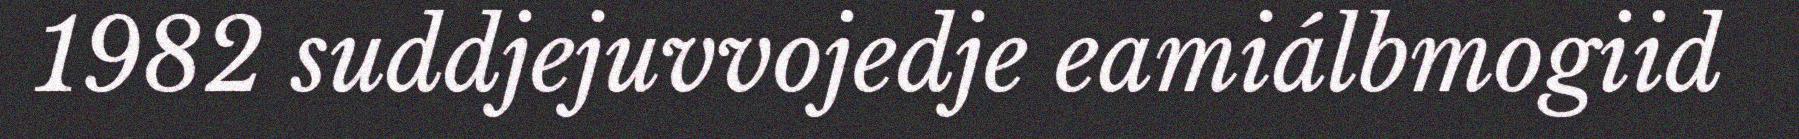
1982 suddjejuvvojedje eamiálbmogiid